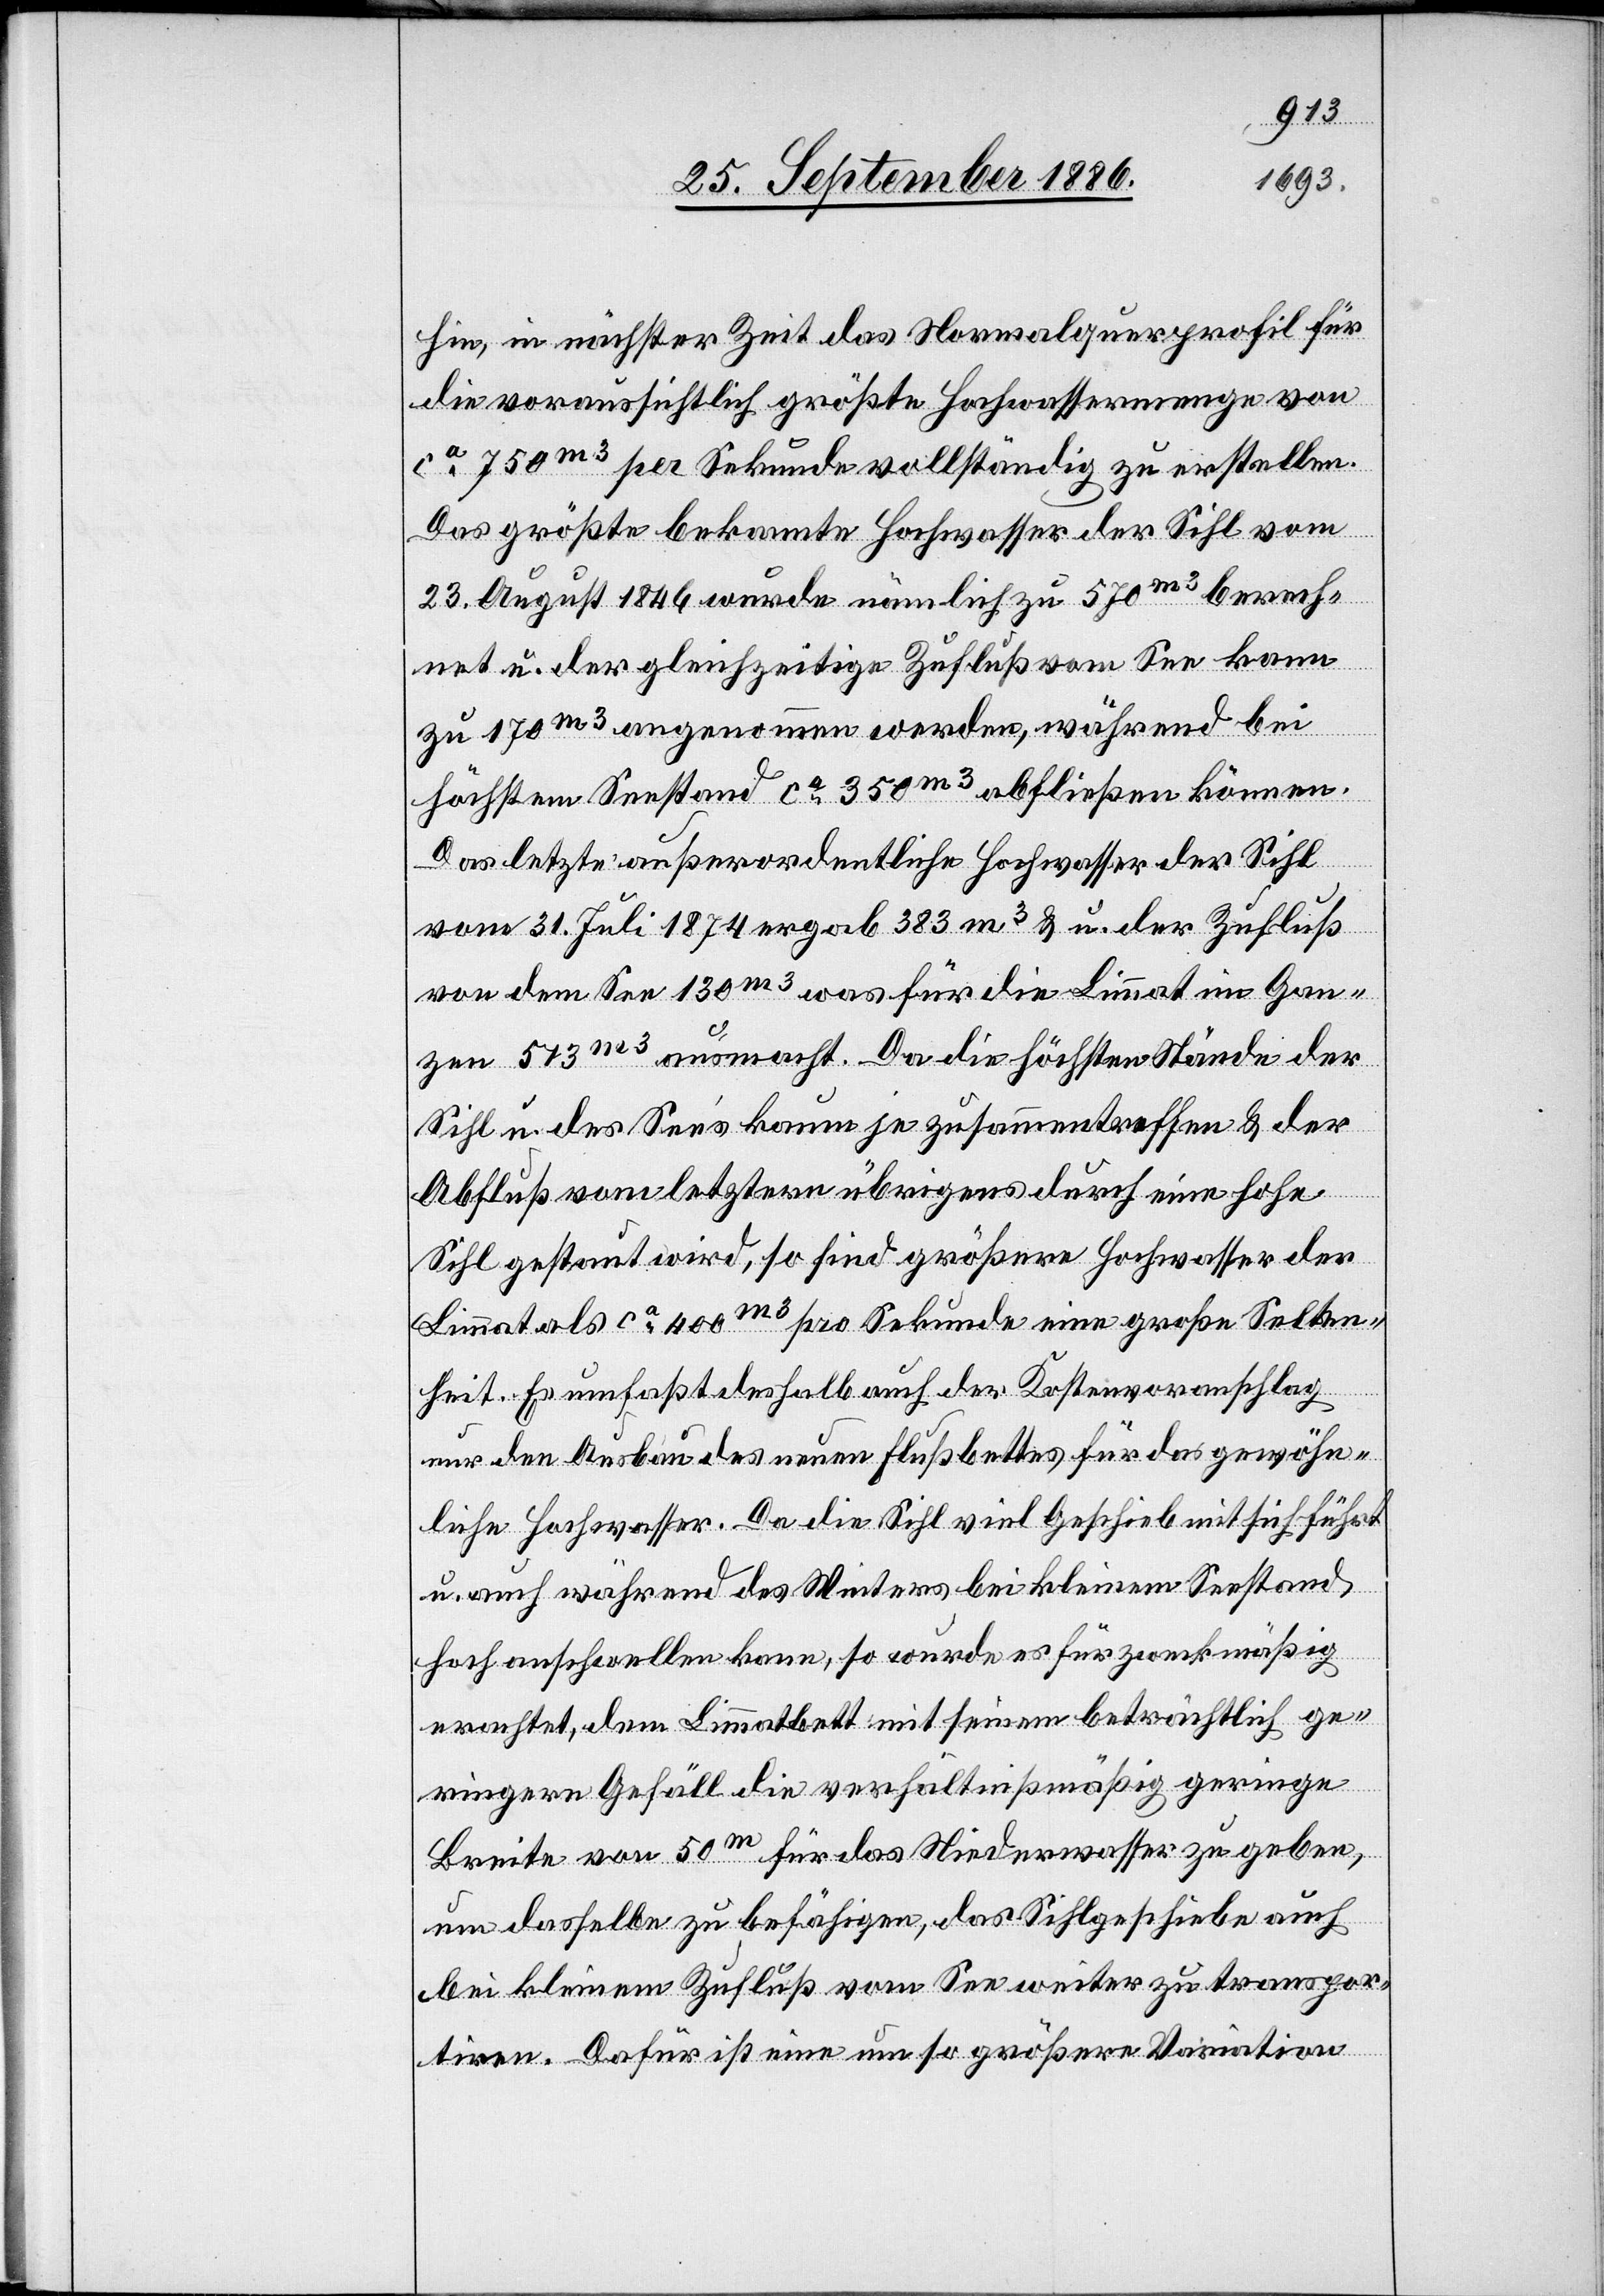
hin, in nächster Zeit das Normalquerprofil für
die voraussichtlich größte Hochwassermenge von
ca 750m3 per Sekunde vollständig zu erstellen.
Das größte bekannte Hochwasser der Sihl vom
23. August 1846 wurde nämlich zu 570m3 berech¬
net u. der gleichzeitige Zufluß vom See kann
zu 170m3 angenommen werden, während bei
höchstem Seestand ca 350m3 abfließen können.
Das letzte außerordentliche Hochwasser der Sihl
vom 31. Juli 1874 ergab 383m3 u. der Zufluß
von dem See 130m3 was für die Limmat im Gan¬
zen 573m3 ausmacht. Da die höchsten Stände der
Sihl u. des Seeʼs kaum je zusammentreffen & der
Abfluß vom letztern übrigens durch eine hohe
Sihl gestaut wird, so sind größere Hochwasser der
Limmat als ca 400m3 pro Sekunde eine große Selten¬
heit. Es umfaßt deshalb auch der Kostenvoranschlag
nur den Ausbau des neuen Flußbettes für das gewöhn¬
liche Hochwasser. Da die Sihl viel Geschieb [sic!] mit sich führt
u. auch während des Winters bei kleinem Seestand
hoch anschwellen kann, so wurde es für zweckmäßig
erachtet, dem Limmatbett mit seinem beträchtlich ge¬
ringern Gefäll [sic!] die verhältnißmäßig geringe
Breite von 50m für das Niederwasser zu geben,
um dasselbe zu befähigen, das Sihlgeschiebe auch
bei kleinem Zufluß vom See weiter zu transpor¬
tiren. Dafür ist eine um so größere Variation